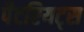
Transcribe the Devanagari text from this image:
पैटरियट्स